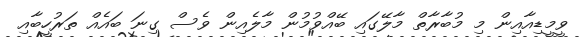
ވީމީޑިއާއިން މި މުބާރާތް މާލޭގައި ބޭއްވުމުން މާލެއިން ވެސް ގިނަ ބައެއް ތަރުހީބާއި